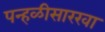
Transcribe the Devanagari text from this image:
पन्हळीसारखा